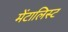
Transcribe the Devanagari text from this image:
मेंटालिस्ट